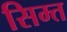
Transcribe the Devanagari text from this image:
सिम्त